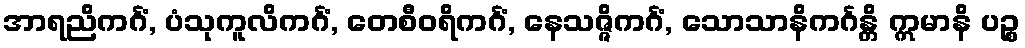
အာရညိကင်္ဂံ, ပံသုကူလိကင်္ဂံ, တေစီဝရိကင်္ဂံ, နေသဇ္ဇိကင်္ဂံ, သောသာနိကင်္ဂန္တိ ဣမာနိ ပဉ္စ